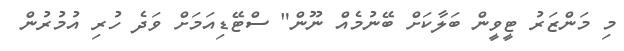
މި މަންޒަރު ޓީވީން ބަލާކަށް ބޭނުމެއް ނޫން" ސްޓޭޑިއަމަށް ވަދެ ހުރި އުމުރުން